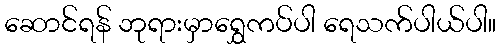
ဆောင်ရန် ဘုရားမှာရွှေကပ်ပါ ရေသက်ပါယ်ပါ။